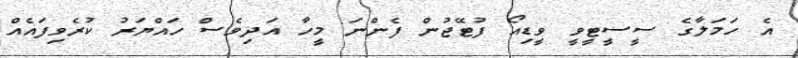
އެ ހަމަލާގެ ސީސީޓީވީ ވީޑިއޯ ފުޓޭޖުން ފެންނަ މީހާ އަދިވެސް ހައްޔަރު ކުރެވިފައެއް